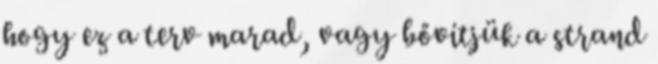
hogy ez a terv marad, vagy bővítjük a strand